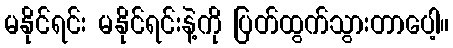
မနိုင်ရင်း မနိုင်ရင်းနဲ့ကို ပြတ်ထွက်သွားတာပေါ့။